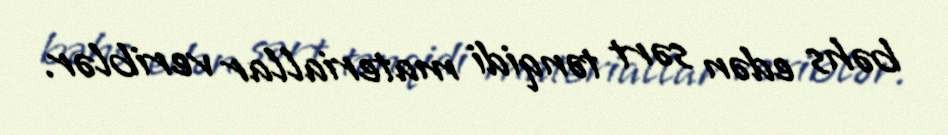
bəhs edən sərt tənqidi materiallar veriblər.